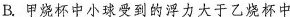
B甲烧杯中小球受到的浮力大于乙烧杯中